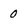
Character: 0